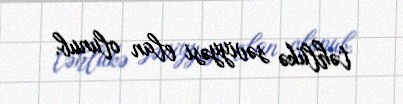
təhlükə səviyyəsi elan olunub.